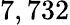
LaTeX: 7,732